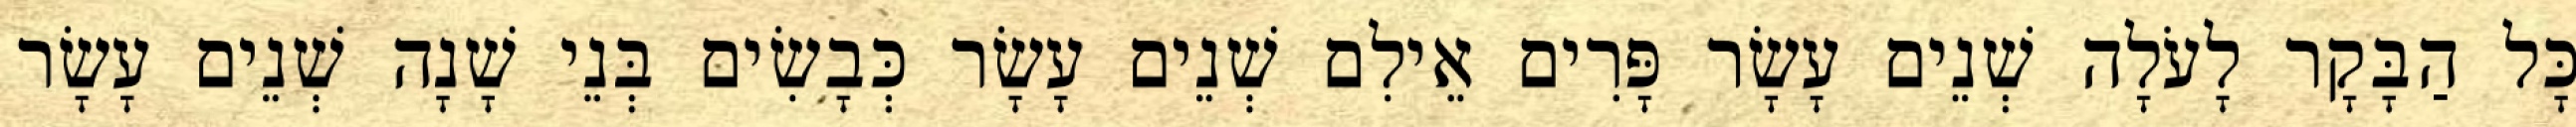
כָּל הַבָּקָר לָעֹלָה שְׁנֵים עָשָׂר פָּרִים אֵילִם שְׁנֵים עָשָׂר כְּבָשִׂים בְּנֵי שָׁנָה שְׁנֵים עָשָׂר